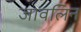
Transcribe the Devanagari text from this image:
जावलिन